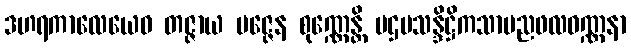
ဒဟရကာလေယေဝ တဇ္ဇာယ ပဇ္ဇေန စုဏ္ဏေန္တိ ပဌမသန္ဒိဋ္ဌိကသာမညဖလဝဏ္ဏနာ